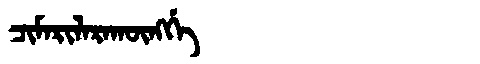
Manchu: ᠴᡳᠮᠠᡵᡳᠯᠠᡵᠠᡴᡡᠩᡤᡝ
Romanization: CIMARILARAKŪNGGE